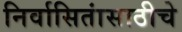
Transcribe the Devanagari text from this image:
निर्वासितांसाठीचे